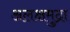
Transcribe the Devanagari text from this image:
अलक्षमुद्रा